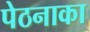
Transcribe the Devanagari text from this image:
पेठनाका